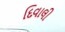
દિવાલી